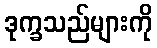
ဒုက္ခသည်များကို